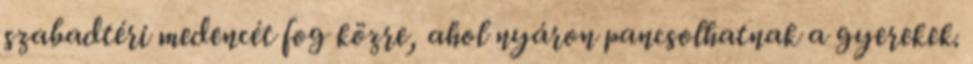
szabadtéri medencét fog közre, ahol nyáron pancsolhatnak a gyerekek.